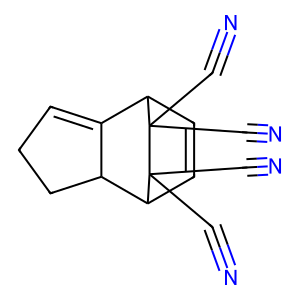
SMILES: N#CC1(C#N)C2C=CC(C3CCC=C32)C1(C#N)C#N
Inhibits HIV replication: No